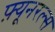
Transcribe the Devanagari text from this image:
फ़्यूनरल्स